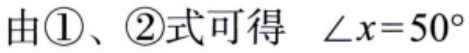
由\(\textcircled{1}\)、\(\textcircled{2}\)式可得 \(\angle x = 50^{\circ}\)